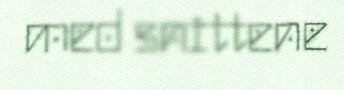
med snittene